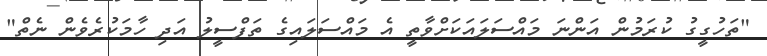
"ތަހުގީގު ކުރަމުން އަންނަ މައްސަލައަކަށްވާތީ އެ މައްސަލައިގެ ތަފްސީލު އަދި ހާމަކުރެވެން ނެތް"